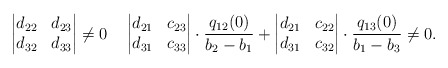
\begin{align*} \begin{vmatrix} d_{22} & d_{23} \\ d_{32} & d_{33} \end{vmatrix} \ne 0 \quad \begin{vmatrix} d_{21} & c_{23} \\ d_{31} & c_{33} \end{vmatrix} \cdot \frac{q_{12}(0)}{b_2-b_1} + \begin{vmatrix} d_{21} & c_{22} \\ d_{31} & c_{32} \end{vmatrix} \cdot \frac{q_{13}(0)}{b_1-b_3} \ne 0.\end{align*}